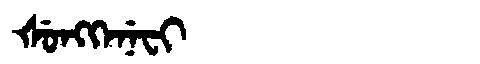
Manchu: ᡧᡠᠩᡴᡝᠨᡝᠸᡳ
Romanization: ŠUNGKENEFI